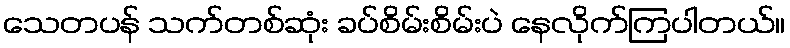
သေတပန် သက်တစ်ဆုံး ခပ်စိမ်းစိမ်းပဲ နေလိုက်ကြပါတယ်။